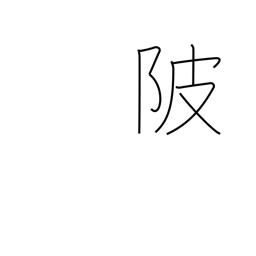
Meaning: levee